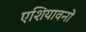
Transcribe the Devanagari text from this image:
एशियावनों